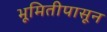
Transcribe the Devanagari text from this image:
भूमितीपासून